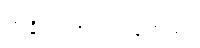
တချို့ ဒဏ်ရာ ရခဲ့တယ်။